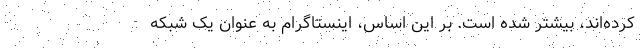
کرده‌اند، بیشتر شده است. بر این اساس، اینستاگرام به عنوان یک شبکه